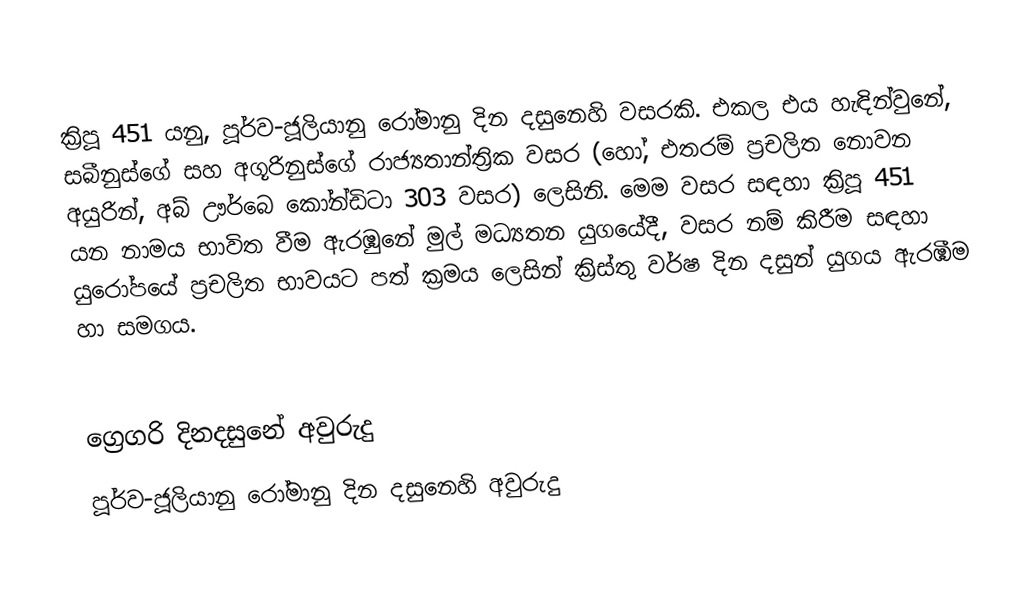

ක්‍රිපූ 451 යනු, පූර්ව-ජූලියානු රෝමානු දින දසුනෙහි වසරකි. එකල එය හැඳින්වුනේ, සබීනුස්ගේ සහ අගූරිනුස්ගේ රාජ්‍යතාන්ත්‍රික වසර (හෝ, එතරම් ප්‍රචලිත නොවන අයුරින්, අබ් ඌර්බෙ කෝන්ඩිටා 303 වසර) ලෙසිනි. මෙම වසර සඳහා ක්‍රිපූ 451 යන නාමය භාවිත වීම ඇරඹුනේ මුල්  මධ්‍යතන යුගයේදී, වසර නම් කිරීම සඳහා යුරෝපයේ ප්‍රචලිත භාවයට පත් ක්‍රමය ලෙසින් ක්‍රිස්තු වර්ෂ දින දසුන් යුගය ඇරඹීම හා සමගය.

ග්‍රෙගරි දිනදසුනේ අවුරුදු
පූර්ව-ජූලියානු රෝමානු දින දසුනෙහි අවුරුදු